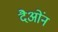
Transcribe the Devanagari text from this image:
दैओंन